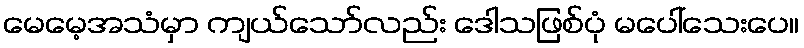
မေမေ့အသံမှာ ကျယ်သော်လည်း ဒေါသဖြစ်ပုံ မပေါ်သေးပေ။